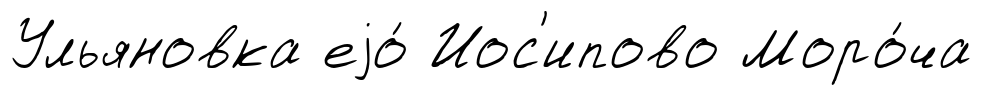
Ульяновка еjо́ Иос'ипово Моро́ча